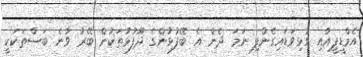
އެމްޑީޕީއާއި ގުޅިވަޑައިގެންފި ނަމަ ދެން އެ ބޭފުޅުންގެ ދޫފުޅުތަކުން ބޭރު ވާނެ ބަސްތަކަކީ